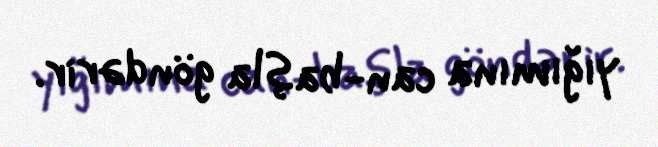
yığımına can-başla göndərir.